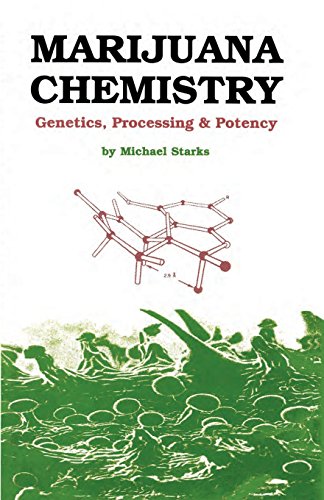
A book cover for Marijuana Chemistry: Genetics, Processing, Potency; Michael Starks; Medical Books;